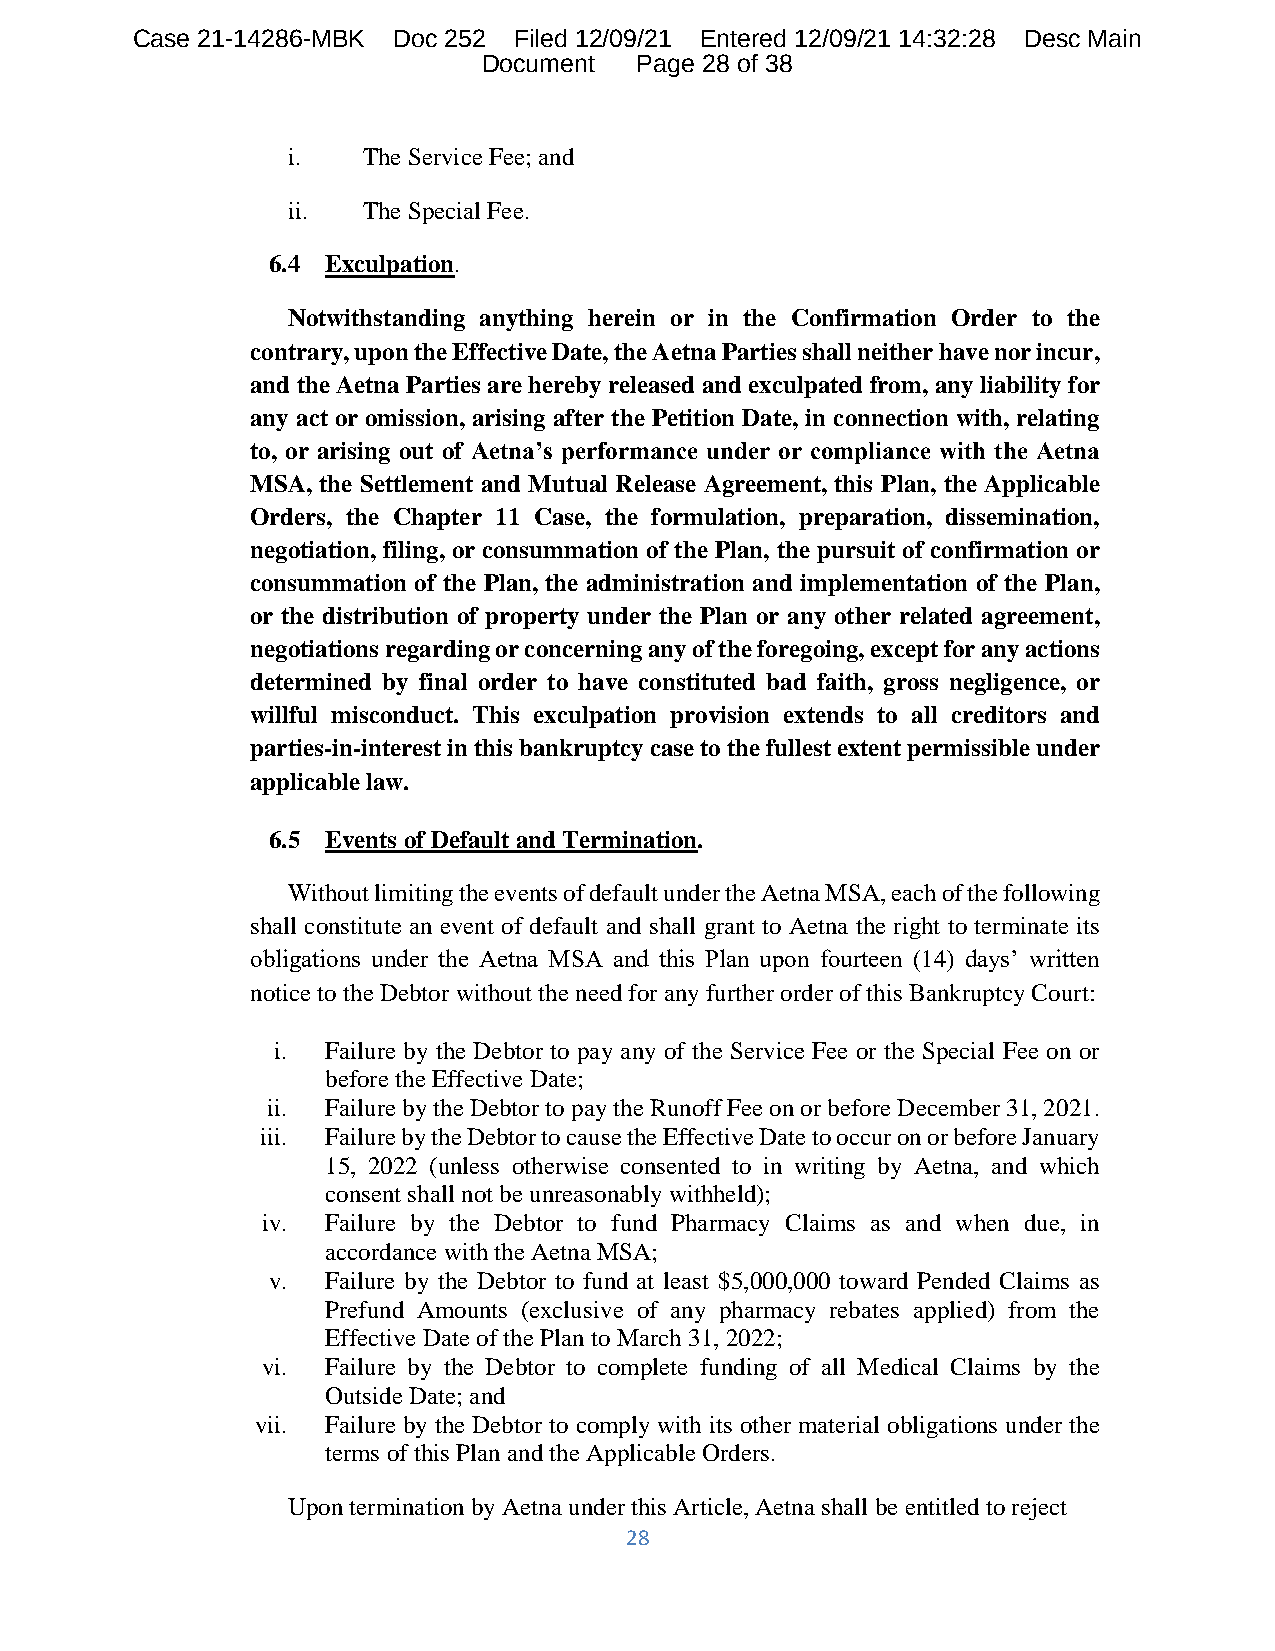
Case 21-14286-MBK Doc 252 Filed 12/09/21 Entered 12/09/21 14:32:28 Desc Main
 Document  Page 28 of 38
 i.   The Service Fee; and
 ii.  The Special Fee.
 6.4 Exculpation.
 Notwithstanding anything herein or in the Confirmation Order to the
 contrary, upon the Effective Date, the Aetna Parties shall neither have nor incur,
 and the Aetna Parties are hereby released and exculpated from, any liability for
 any act or omission, arising after the Petition Date, in connection with, relating
 to, or arising out of Aetna’s performance under or compliance with the Aetna
 MSA, the Settlement and Mutual Release Agreement, this Plan, the Applicable
 Orders, the Chapter 11 Case, the formulation, preparation, dissemination,
 negotiation, filing, or consummation of the Plan, the pursuit of confirmation or
 consummation of the Plan, the administration and implementation of the Plan,
 or the distribution of property under the Plan or any other related agreement,
 negotiations regarding or concerning any of the foregoing, except for any actions
 determined by final order to have constituted bad faith, gross negligence, or
 willful misconduct. This exculpation provision extends to all creditors and
 parties-in-interest in this bankruptcy case to the fullest extent permissible under
 applicable law.
 6.5 Events of Default and Termination.
 Without limiting the events of default under the Aetna MSA, each of the following
 shall constitute an event of default and shall grant to Aetna the right to terminate its
 obligations under the Aetna MSA and this Plan upon fourteen (14) days’ written
 notice to the Debtor without the need for any further order of this Bankruptcy Court:
 i.  Failure by the Debtor to pay any of the Service Fee or the Special Fee on or
 before the Effective Date;
 ii. Failure by the Debtor to pay the Runoff Fee on or before December 31, 2021.
 iii. Failure by the Debtor to cause the Effective Date to occur on or before January
 15, 2022 (unless otherwise consented to in writing by Aetna, and which
 consent shall not be unreasonably withheld);
 iv.  Failure by the Debtor to fund Pharmacy Claims as and when due, in
 accordance with the Aetna MSA;
 v.  Failure by the Debtor to fund at least $5,000,000 toward Pended Claims as
 Prefund Amounts (exclusive of any pharmacy rebates applied) from the
 Effective Date of the Plan to March 31, 2022;
 vi.  Failure by the Debtor to complete funding of all Medical Claims by the
 Outside Date; and
 vii. Failure by the Debtor to comply with its other material obligations under the
 terms of this Plan and the Applicable Orders.
 Upon termination by Aetna under this Article, Aetna shall be entitled to reject
 28